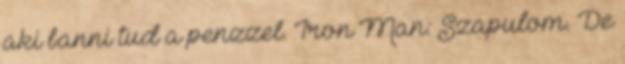
aki banni tud a penzzel. Iron Man: Szapulom. De